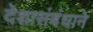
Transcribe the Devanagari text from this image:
देशासंबंधाने